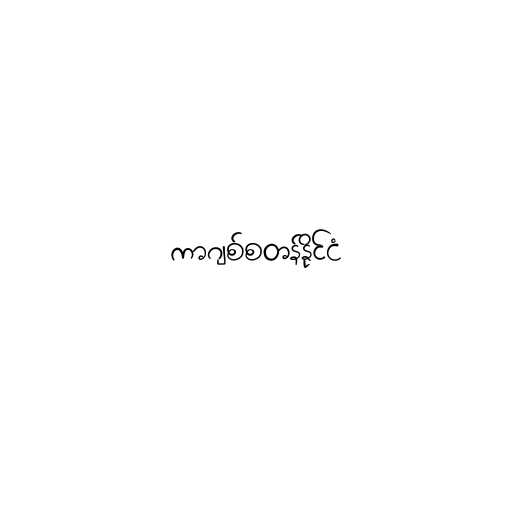
ကာဂျစ်စတန်နိုင်ငံ